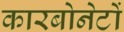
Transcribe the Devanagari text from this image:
कारबोनेटों